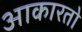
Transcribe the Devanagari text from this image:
आकारतो